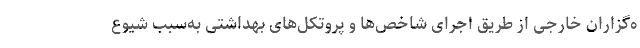
ه‌گزاران خارجی از طریق اجرای شاخص‌ها و پروتکل‌های بهداشتی به‌سبب شیوع